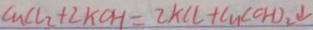
C u C l _ { 2 } + \angle k O H = 2 k l C + C u ( C H ) _ { 2 } \downarrow